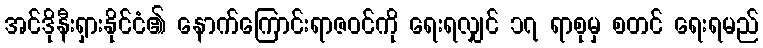
အင်ဒိုနီးရှားနိုင်ငံ၏ နောက်ကြောင်းရာဇဝင်ကို ရေးရလျှင် ၁၇ ရာစုမှ စတင် ရေးရမည်